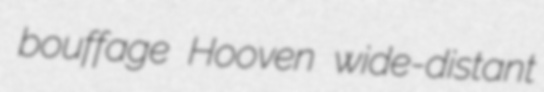
bouffage Hooven wide-distant